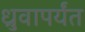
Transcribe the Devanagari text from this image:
ध्रुवापर्यंत